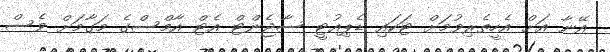
އޭނާ އަށް އެހީތެރިވުމަށް ޓަކައި ޑެޕިއުޓީ ސާޖެންޓް އެޓް އާމްސްގެ މަގާމަށް ވެސް